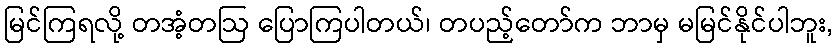
မြင်ကြရလို့ တအံ့တဩ ပြောကြပါတယ်၊ တပည့်တော်က ဘာမှ မမြင်နိုင်ပါဘူး,